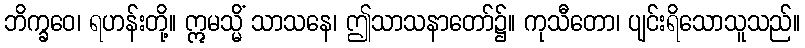
ဘိက္ခဝေ၊ ရဟန်းတို့။ ဣမသ္မိံ သာသနေ၊ ဤသာသနာတော်၌။ ကုသီတော၊ ပျင်းရိသောသူသည်။